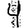
Digit: 4